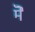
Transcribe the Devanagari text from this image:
मेॆ